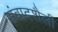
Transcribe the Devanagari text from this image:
संवादशैली